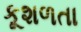
કૂશળતા